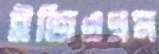
ইজিওএম